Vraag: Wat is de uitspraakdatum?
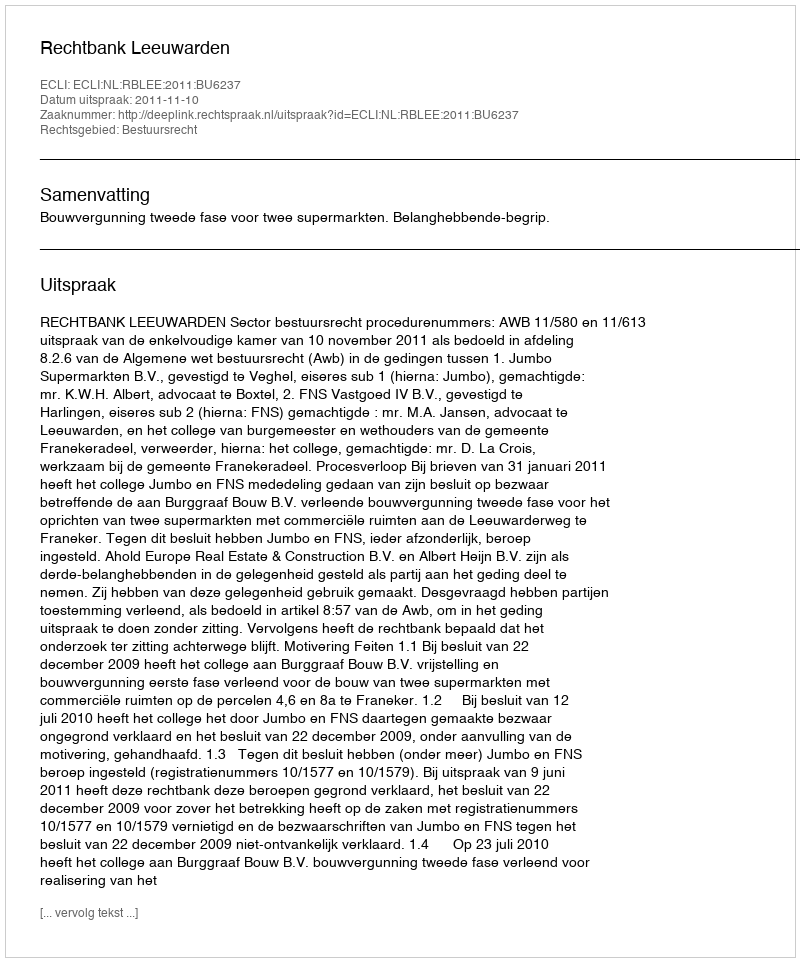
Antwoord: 2011-11-10